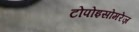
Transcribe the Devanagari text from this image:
टोपोइसोमरेज़